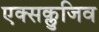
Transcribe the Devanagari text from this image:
एक्सक्लुजिव